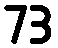
73